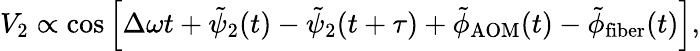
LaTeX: \begin{array}{r}{V_{2}\propto\cos\left[\Delta\omega t+\tilde{\psi}_{2}(t)-\tilde{\psi}_{2}(t+\tau)+\tilde{\phi}_{\mathrm{AOM}}(t)-\tilde{\phi}_{\mathrm{fiber}}(t)\right],}\end{array}